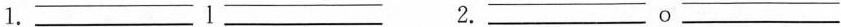
1. ___I___ 2. ___O___